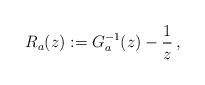
LaTeX: \begin{align*}R_{a}(z) := G_a^{-1}(z) - \frac{1}{z} \,,\end{align*}